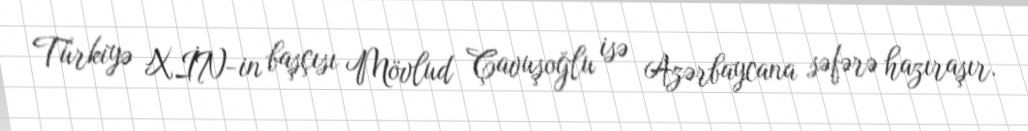
Türkiyə XİN-in başçısı Mövlud Çavuşoğlu isə Azərbaycana səfərə hazıraşır.